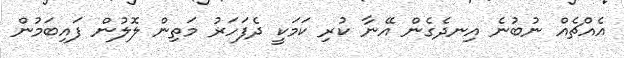
އެއްޗެއް ނުބުނެ އިނދެގެން އޭނާ ކުރި ކަމަކީ ދެފަހަރު މަތިން ލޮލުން ފައިބަމުން